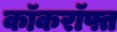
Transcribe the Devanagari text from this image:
कॉकरॉफ्त